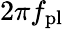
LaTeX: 2\pi f_{\mathrm{pl}}